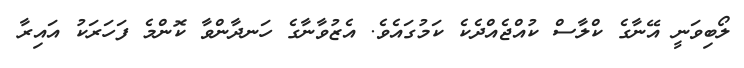
ލޯބިވަނީ އޭނާގެ ކްލާސް ކުއްޖެއްދެކެ ކަމުގައެވެ. އެޒުވާނާގެ ހަނދާންވާ ކޮންމެ ފަހަރަކު އައިރާ